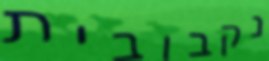
נקבובית